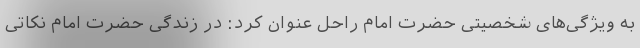
به ویژگی‌های شخصیتی حضرت امام راحل عنوان کرد: در زندگی حضرت امام نکاتی